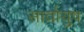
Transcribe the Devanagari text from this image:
सार्वायुष